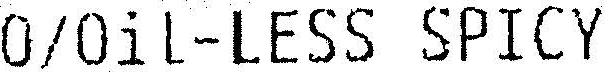
O/OIL-LESS SPICY